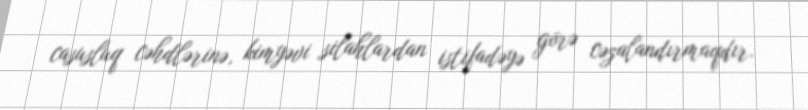
casusluq cəhdlərinə, kimyəvi silahlardan istifadəyə görə cəzalandırmaqdır.